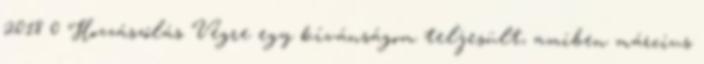
2018 0 Hozzászólás Végre egy kívánságom teljesült, amiben március